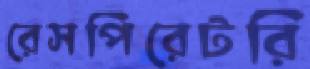
রেসপিরেটরি